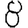
Digit: 8